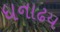
ધનાઢય